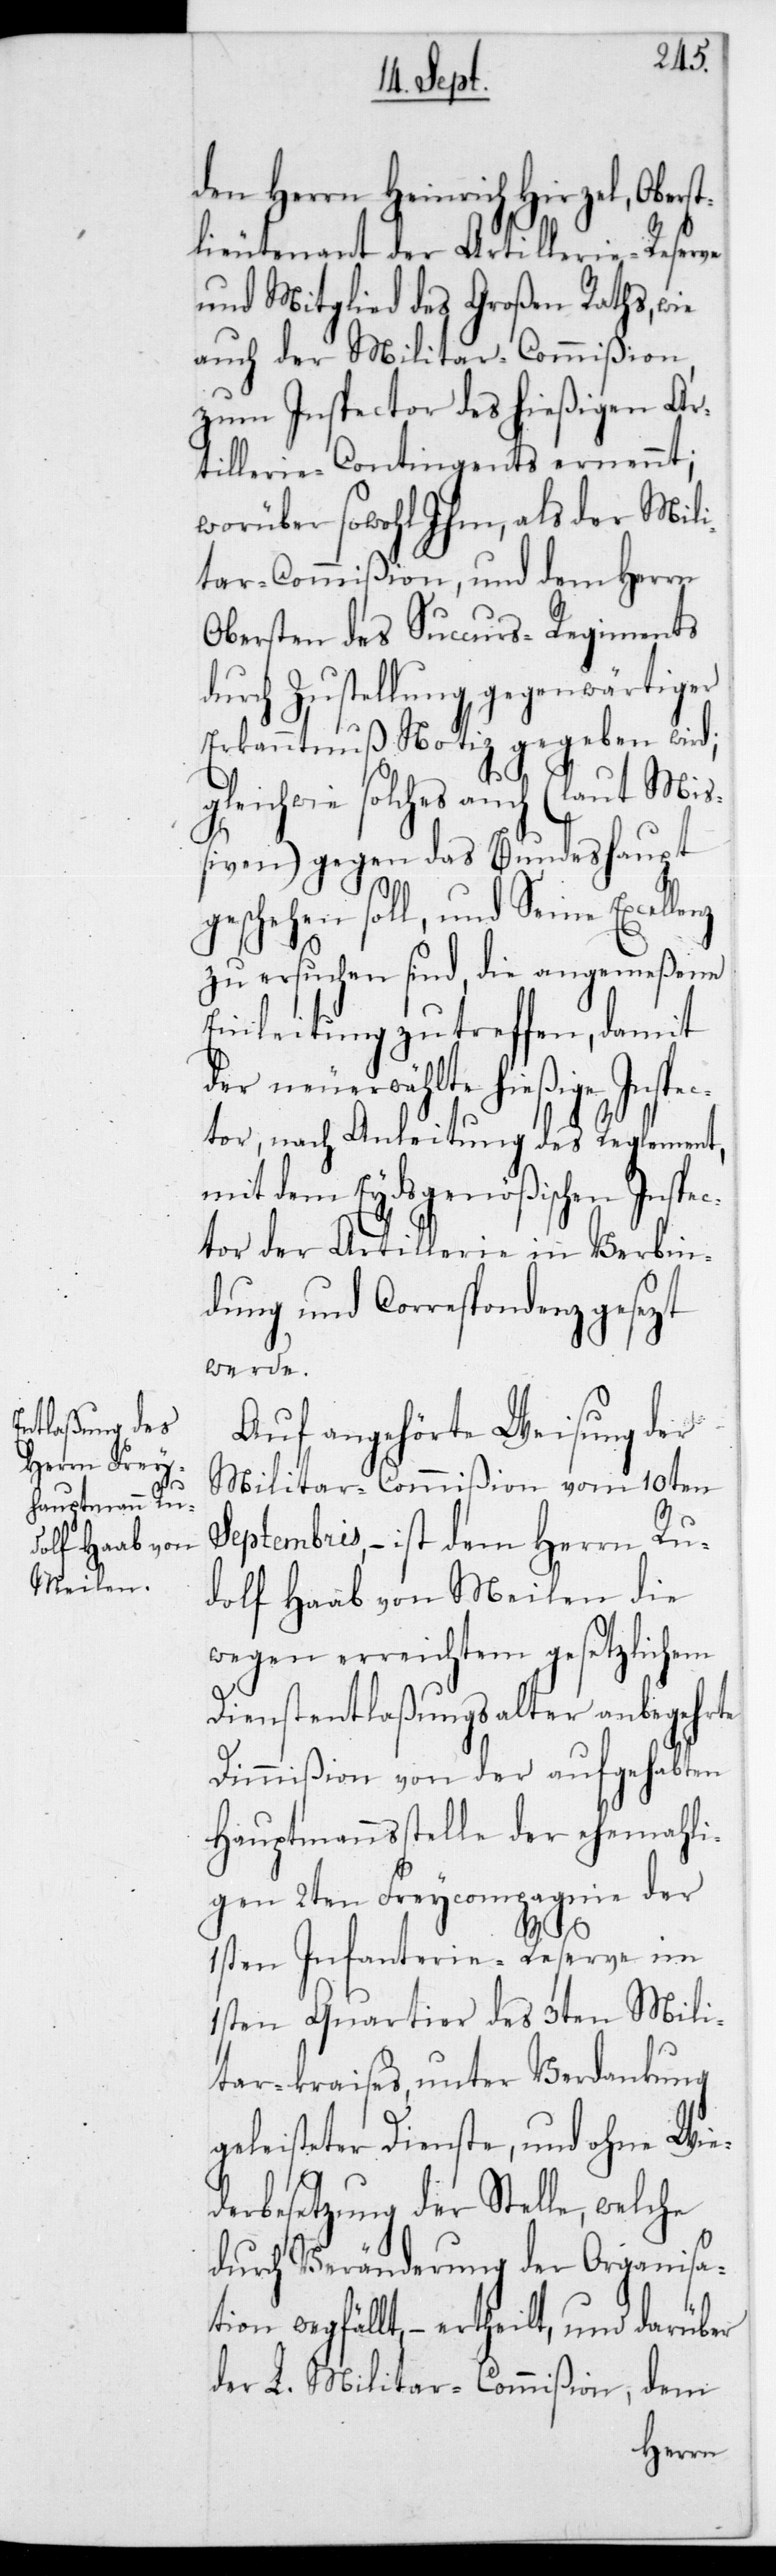
den Herrn Heinrich Hirzel, Oberst¬
lieutenant der Artillerie-Reserve
und Mitglied des Großen Raths wie
auch der Militar-Commißion,
zum Inspector des hießigen Ar¬
tillerie-Contingents ernennt;
worüber sowohl ihm als der Mili¬
tar-Commißion und dem Herrn
Obersten des Succurs-Regiments
durch Zustellung gegenwärtiger
Erkanntnuß Notiz gegeben wird;
leichwie solches auch (laut Miß¬
iven) gegen das Bundeshaupt
geschehen soll, und Seine Excel¬
z,zu ersuchen sind, die angemeßene
Einleitung zu treffen, damit
der neu erwählte hießige Inspe¬
ctor, nach Anleitung des Reglement,
mit dem Eydsgenößischen Inspe¬
ctor der Artillerie in Verbin¬
dung und Correspondenz gesezt
werde.
Auf angehörte Weisung der
Militar-Commißion vom 10ten
Septembris, – ist dem Herrn Ru¬
dolf Haab von Meilen die
wegen erreichtem gesetzlichem
Dienstentlaßungsalter anbegehrte
Dimmißion von der aufgehabten
Hauptmannsstelle der ehemahli¬
gen 2ten Freycompagnie der
len¬
g¬
1sten Infanterie-Reserve im
1sten Quartier des 3ten Mili¬
tar-Kraises unter Verdankung
geleisteter Dienste, und ohne Wie¬
derbesetzung der Stelle, welche
durch Veränderung der Organisat¬
ion wegfällt, – ertheilt, und darüber
der L. Militar-Commißion, dem